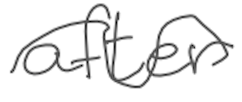
Text: after
Cross-out: wave
Writing tool: digital_gray